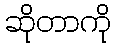
ဆိုတာကို